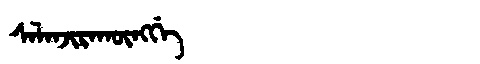
Manchu: ᠰᠠᠯᠠᠨᠵᡳᡵᠠᡴᡡᠩᡤᡝ
Romanization: SALANJIRAKŪNGGE